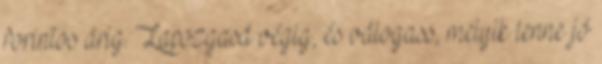
forintos árig. Lapozgasd végig, és válogass, melyik lenne jó